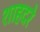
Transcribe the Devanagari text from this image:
शाहदरे